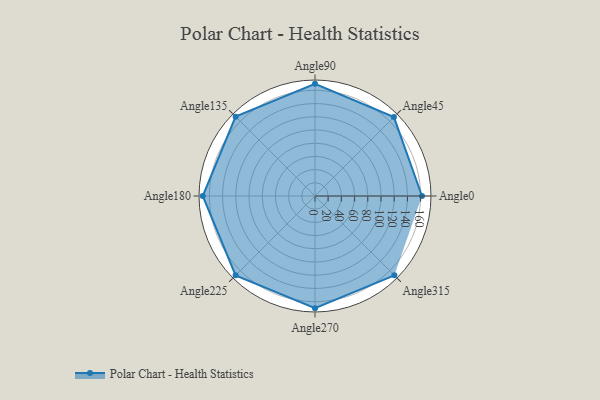
{"axis": {"x": "Angle", "y": "Radius"}, "legend": [""], "data": [{"x": "Angle0", "y": 162.0, "type": ""}, {"x": "Angle45", "y": 169.0, "type": ""}, {"x": "Angle90", "y": 170.0, "type": ""}, {"x": "Angle135", "y": 170, "type": ""}, {"x": "Angle180", "y": 170, "type": ""}, {"x": "Angle225", "y": 170, "type": ""}, {"x": "Angle270", "y": 170, "type": ""}, {"x": "Angle315", "y": 170, "type": ""}]}